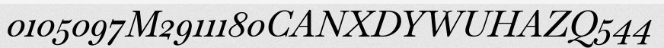
0105097M2911180CANXDYWUHAZQ544